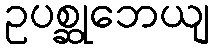
ဥပစ္ဆုဘေယျ